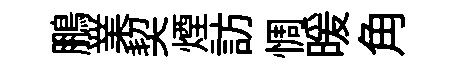
鵬業契煙訪惆暖角